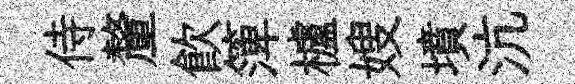
侍釐飮𥱼櫨嫂墳沆